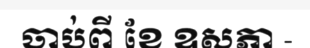
ចាប់ពី ខែ ឧសភា -